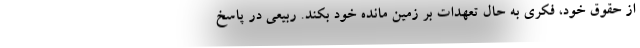
از حقوق خود، فکری به حال تعهدات بر زمین مانده خود بکند. ربیعی در پاسخ